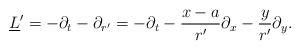
LaTeX: \begin{align*}\underline{L}' = -\partial_t - \partial_{r'} = -\partial_t - {x - a \over r'} \partial_x - {y \over r'}\partial_y.\end{align*}